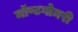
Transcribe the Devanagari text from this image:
मॉण्टगोमरी